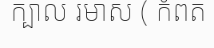
ក្បាល រមាស ( កំពត